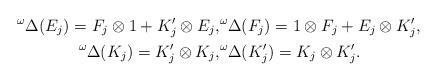
LaTeX: \begin{align*} {}^\omega\Delta(E_j)=F_j \otimes 1 + K_j'\otimes E_j, & {}^\omega\Delta(F_j)=1\otimes F_j + E_j\otimes K_j',\\ {}^\omega\Delta(K_j)=K_j' \otimes K_j, &{}^\omega\Delta(K_j')=K_j \otimes K_j'. \end{align*}